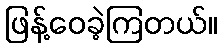
ဖြန့်ဝေခဲ့ကြတယ်။